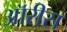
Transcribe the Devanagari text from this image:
ऑरीस